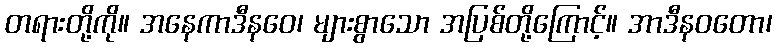
တရားတို့ကို။ အနေကာဒီနဝေ၊ များစွာသော အပြစ်တို့ကြောင့်။ အာဒီနဝတော၊